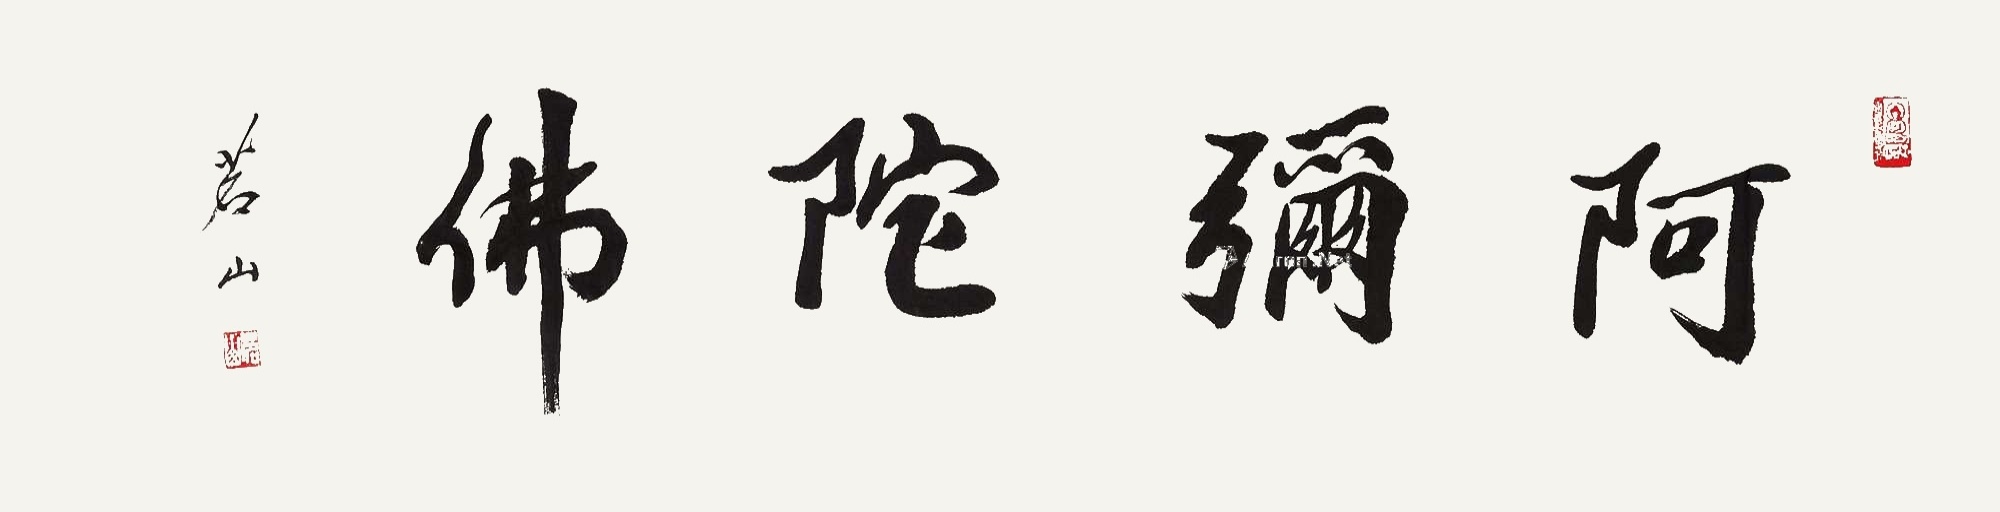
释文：阿弥陀佛茗山